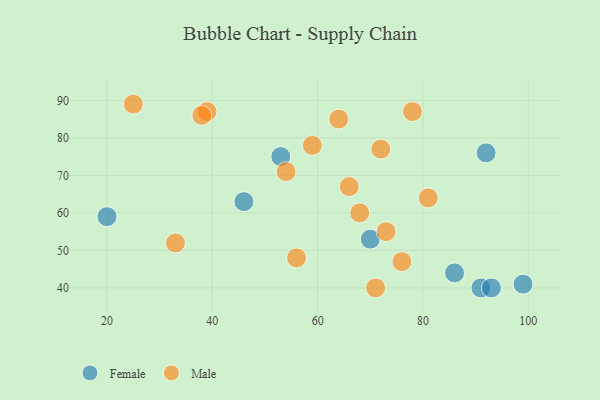
{"axis": {"x": "GDP", "y": "Life Expectancy"}, "legend": ["Female", "Male"], "data": [{"x": "86", "y": 44, "type": "Female"}, {"x": "91", "y": 40, "type": "Female"}, {"x": "70", "y": 53, "type": "Female"}, {"x": "93", "y": 40, "type": "Female"}, {"x": "20", "y": 59, "type": "Female"}, {"x": "53", "y": 75, "type": "Female"}, {"x": "46", "y": 63, "type": "Female"}, {"x": "99", "y": 41, "type": "Female"}, {"x": "92", "y": 76, "type": "Female"}, {"x": "78", "y": 87, "type": "Male"}, {"x": "72", "y": 77, "type": "Male"}, {"x": "59", "y": 78, "type": "Male"}, {"x": "33", "y": 52, "type": "Male"}, {"x": "54", "y": 71, "type": "Male"}, {"x": "73", "y": 55, "type": "Male"}, {"x": "39", "y": 87, "type": "Male"}, {"x": "38", "y": 86, "type": "Male"}, {"x": "68", "y": 60, "type": "Male"}, {"x": "64", "y": 85, "type": "Male"}, {"x": "81", "y": 64, "type": "Male"}, {"x": "25", "y": 89, "type": "Male"}, {"x": "56", "y": 48, "type": "Male"}, {"x": "66", "y": 67, "type": "Male"}, {"x": "71", "y": 40, "type": "Male"}, {"x": "76", "y": 47, "type": "Male"}]}